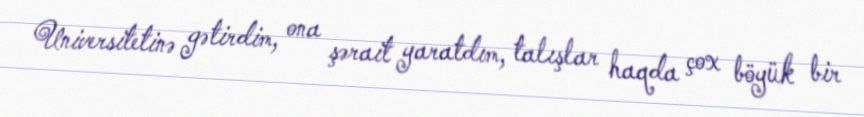
Universitetinə gətirdim, ona şərait yaratdım, talışlar haqda çox böyük bir